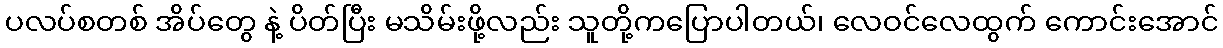
ပလပ်စတစ် အိပ်တွေ နဲ့ ပိတ်ပြီး မသိမ်းဖို့လည်း သူတို့ကပြောပါတယ်၊ လေဝင်လေထွက် ကောင်းအောင်